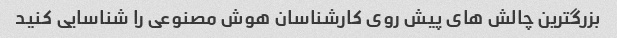
بزرگترین چالش های پیش روی کارشناسان هوش مصنوعی را شناسایی کنید